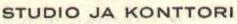
STUDIO JA KONTTORI